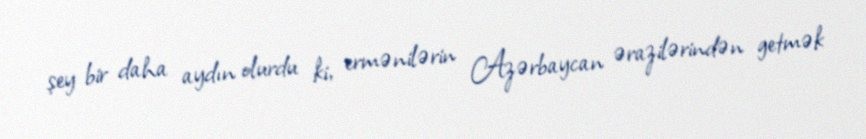
şey bir daha aydın olurdu ki, ermənilərin Azərbaycan ərazilərindən getmək